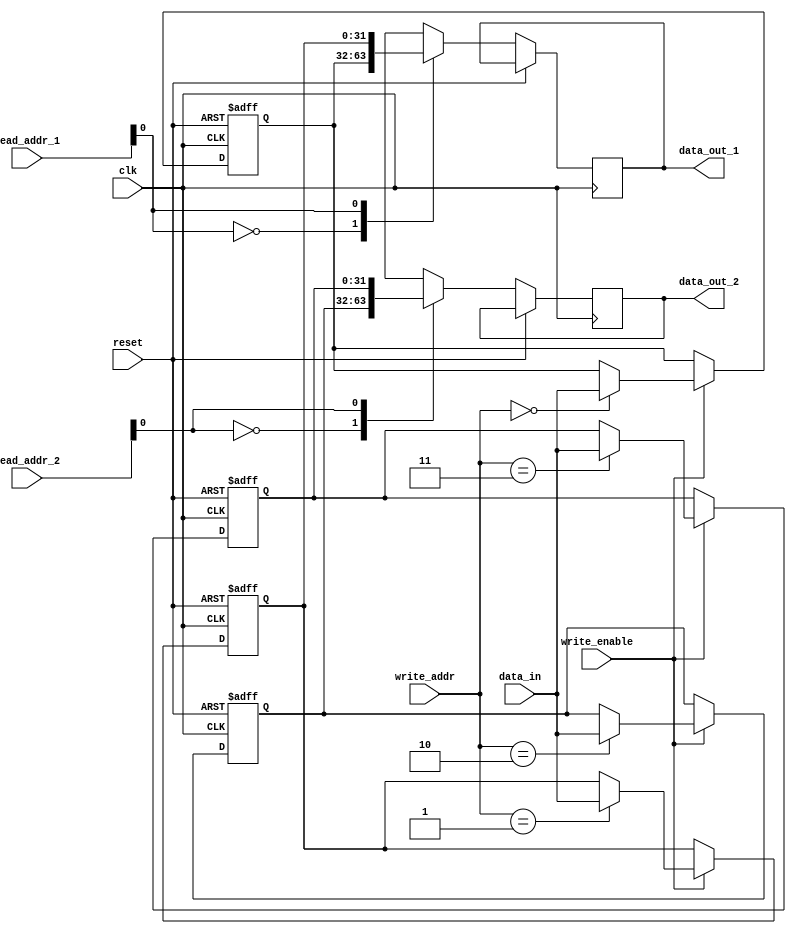
module MemoryBlocksPipelined_RegisterFile (
    input wire clk,
    input wire reset,
    input wire [1:0] read_addr_1,
    input wire [1:0] read_addr_2,
    input wire [1:0] write_addr,
    input wire [31:0] data_in,
    input wire write_enable,
    output reg [31:0] data_out_1,
    output reg [31:0] data_out_2
);

reg [31:0] mem_block_1 [1:0]; // Memory block 1 with 2 registers
reg [31:0] mem_block_2 [1:0]; // Memory block 2 with 2 registers

always @(posedge clk or posedge reset) begin
    if (reset) begin
        // Initialize registers to 0 on reset
        mem_block_1[0] <= 32'h0000_0000;
        mem_block_1[1] <= 32'h0000_0000;
        mem_block_2[0] <= 32'h0000_0000;
        mem_block_2[1] <= 32'h0000_0000;
    end else begin
        // Read from memory blocks based on read address
        data_out_1 <= mem_block_1[read_addr_1];
        data_out_2 <= mem_block_2[read_addr_2];

        // Write to memory block based on write address and write enable signal
        if (write_enable) begin
            case(write_addr)
                2'b00: mem_block_1[0] <= data_in;
                2'b01: mem_block_1[1] <= data_in;
                2'b10: mem_block_2[0] <= data_in;
                2'b11: mem_block_2[1] <= data_in;
            endcase
        end
    end
end

endmodule